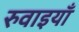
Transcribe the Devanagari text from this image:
रुवाइयाँ